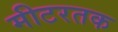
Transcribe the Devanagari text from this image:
मीटरतक